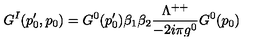
G ^ { I } ( p _ { 0 } ^ { \prime } , p _ { 0 } ) = G ^ { 0 } ( p _ { 0 } ^ { \prime } ) \beta _ { 1 } \beta _ { 2 } { \frac { \Lambda ^ { + + } } { - 2 i \pi g ^ { 0 } } } G ^ { 0 } ( p _ { 0 } )